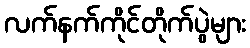
လက်နက်ကိုင်တိုက်ပွဲများ